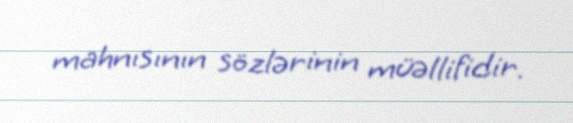
mahnısının sözlərinin müəllifidir.